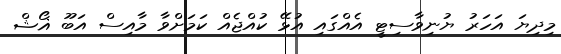
މިދިޔަ އަހަރު ޔުނިވާސިޓީ އެއްގައި އުޅޭ ކުއްޖެއް ކަމަށްވާ މާއިސް އަބޫ ޣޯޝް